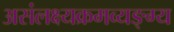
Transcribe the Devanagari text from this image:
असंलक्ष्यक्रमव्यङ्ग्य